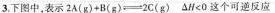
3.下图中，表示$$2 A ( g ) + B ( g ) \rightleftharpoons 2 C ( g )$$ $$△ H < 0$$这个可逆反应